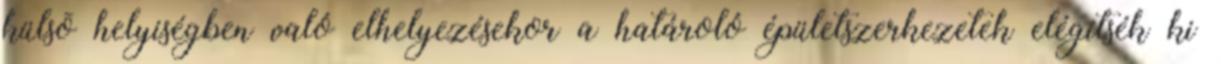
külsõ helyiségben való elhelyezésekor a határoló épületszerkezetek elégítsék ki